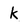
Character: k